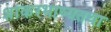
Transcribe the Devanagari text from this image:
शांकरभाष्यतथा